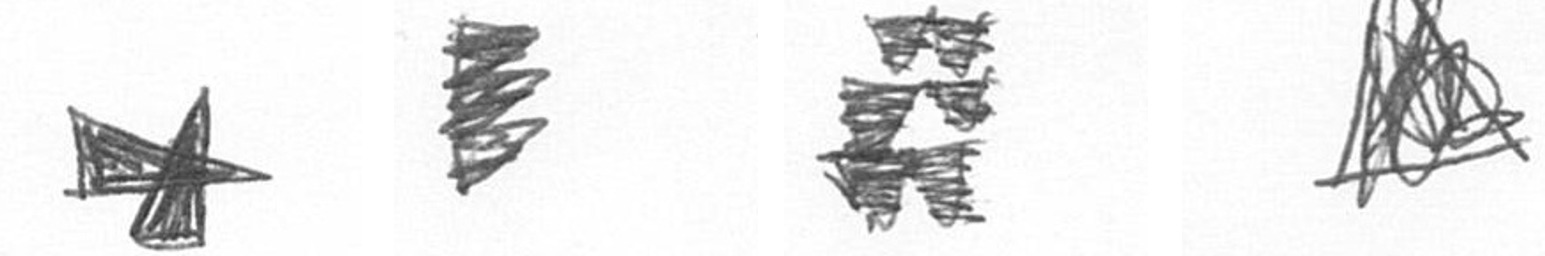
G H Y O